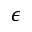
\epsilon